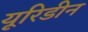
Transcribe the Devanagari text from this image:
यूरिडीन